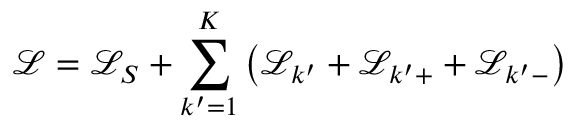
\mathcal { L } = \mathcal { L } _ { S } + \sum _ { k ^ { \prime } = 1 } ^ { K } \left( \mathcal { L } _ { k ^ { \prime } } + \mathcal { L } _ { k ^ { \prime } + } + \mathcal { L } _ { k ^ { \prime } - } \right)